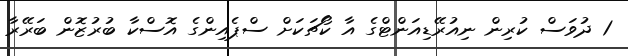
1 ދުވަަސް ކުރިން ނިއުރޭޑިއަންޓްގެ އާ ކޯޗަކަށް ސްޕެއިންގެ އޮސްކާ ބުރުޒޮން ބަރޭރާ